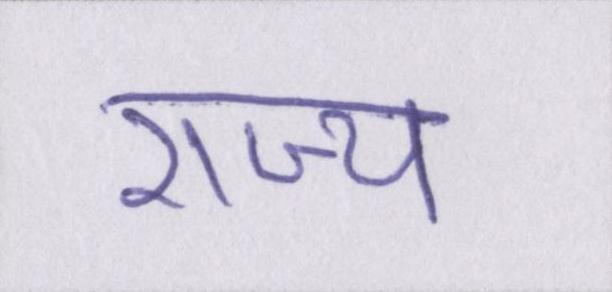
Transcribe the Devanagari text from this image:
राज्य